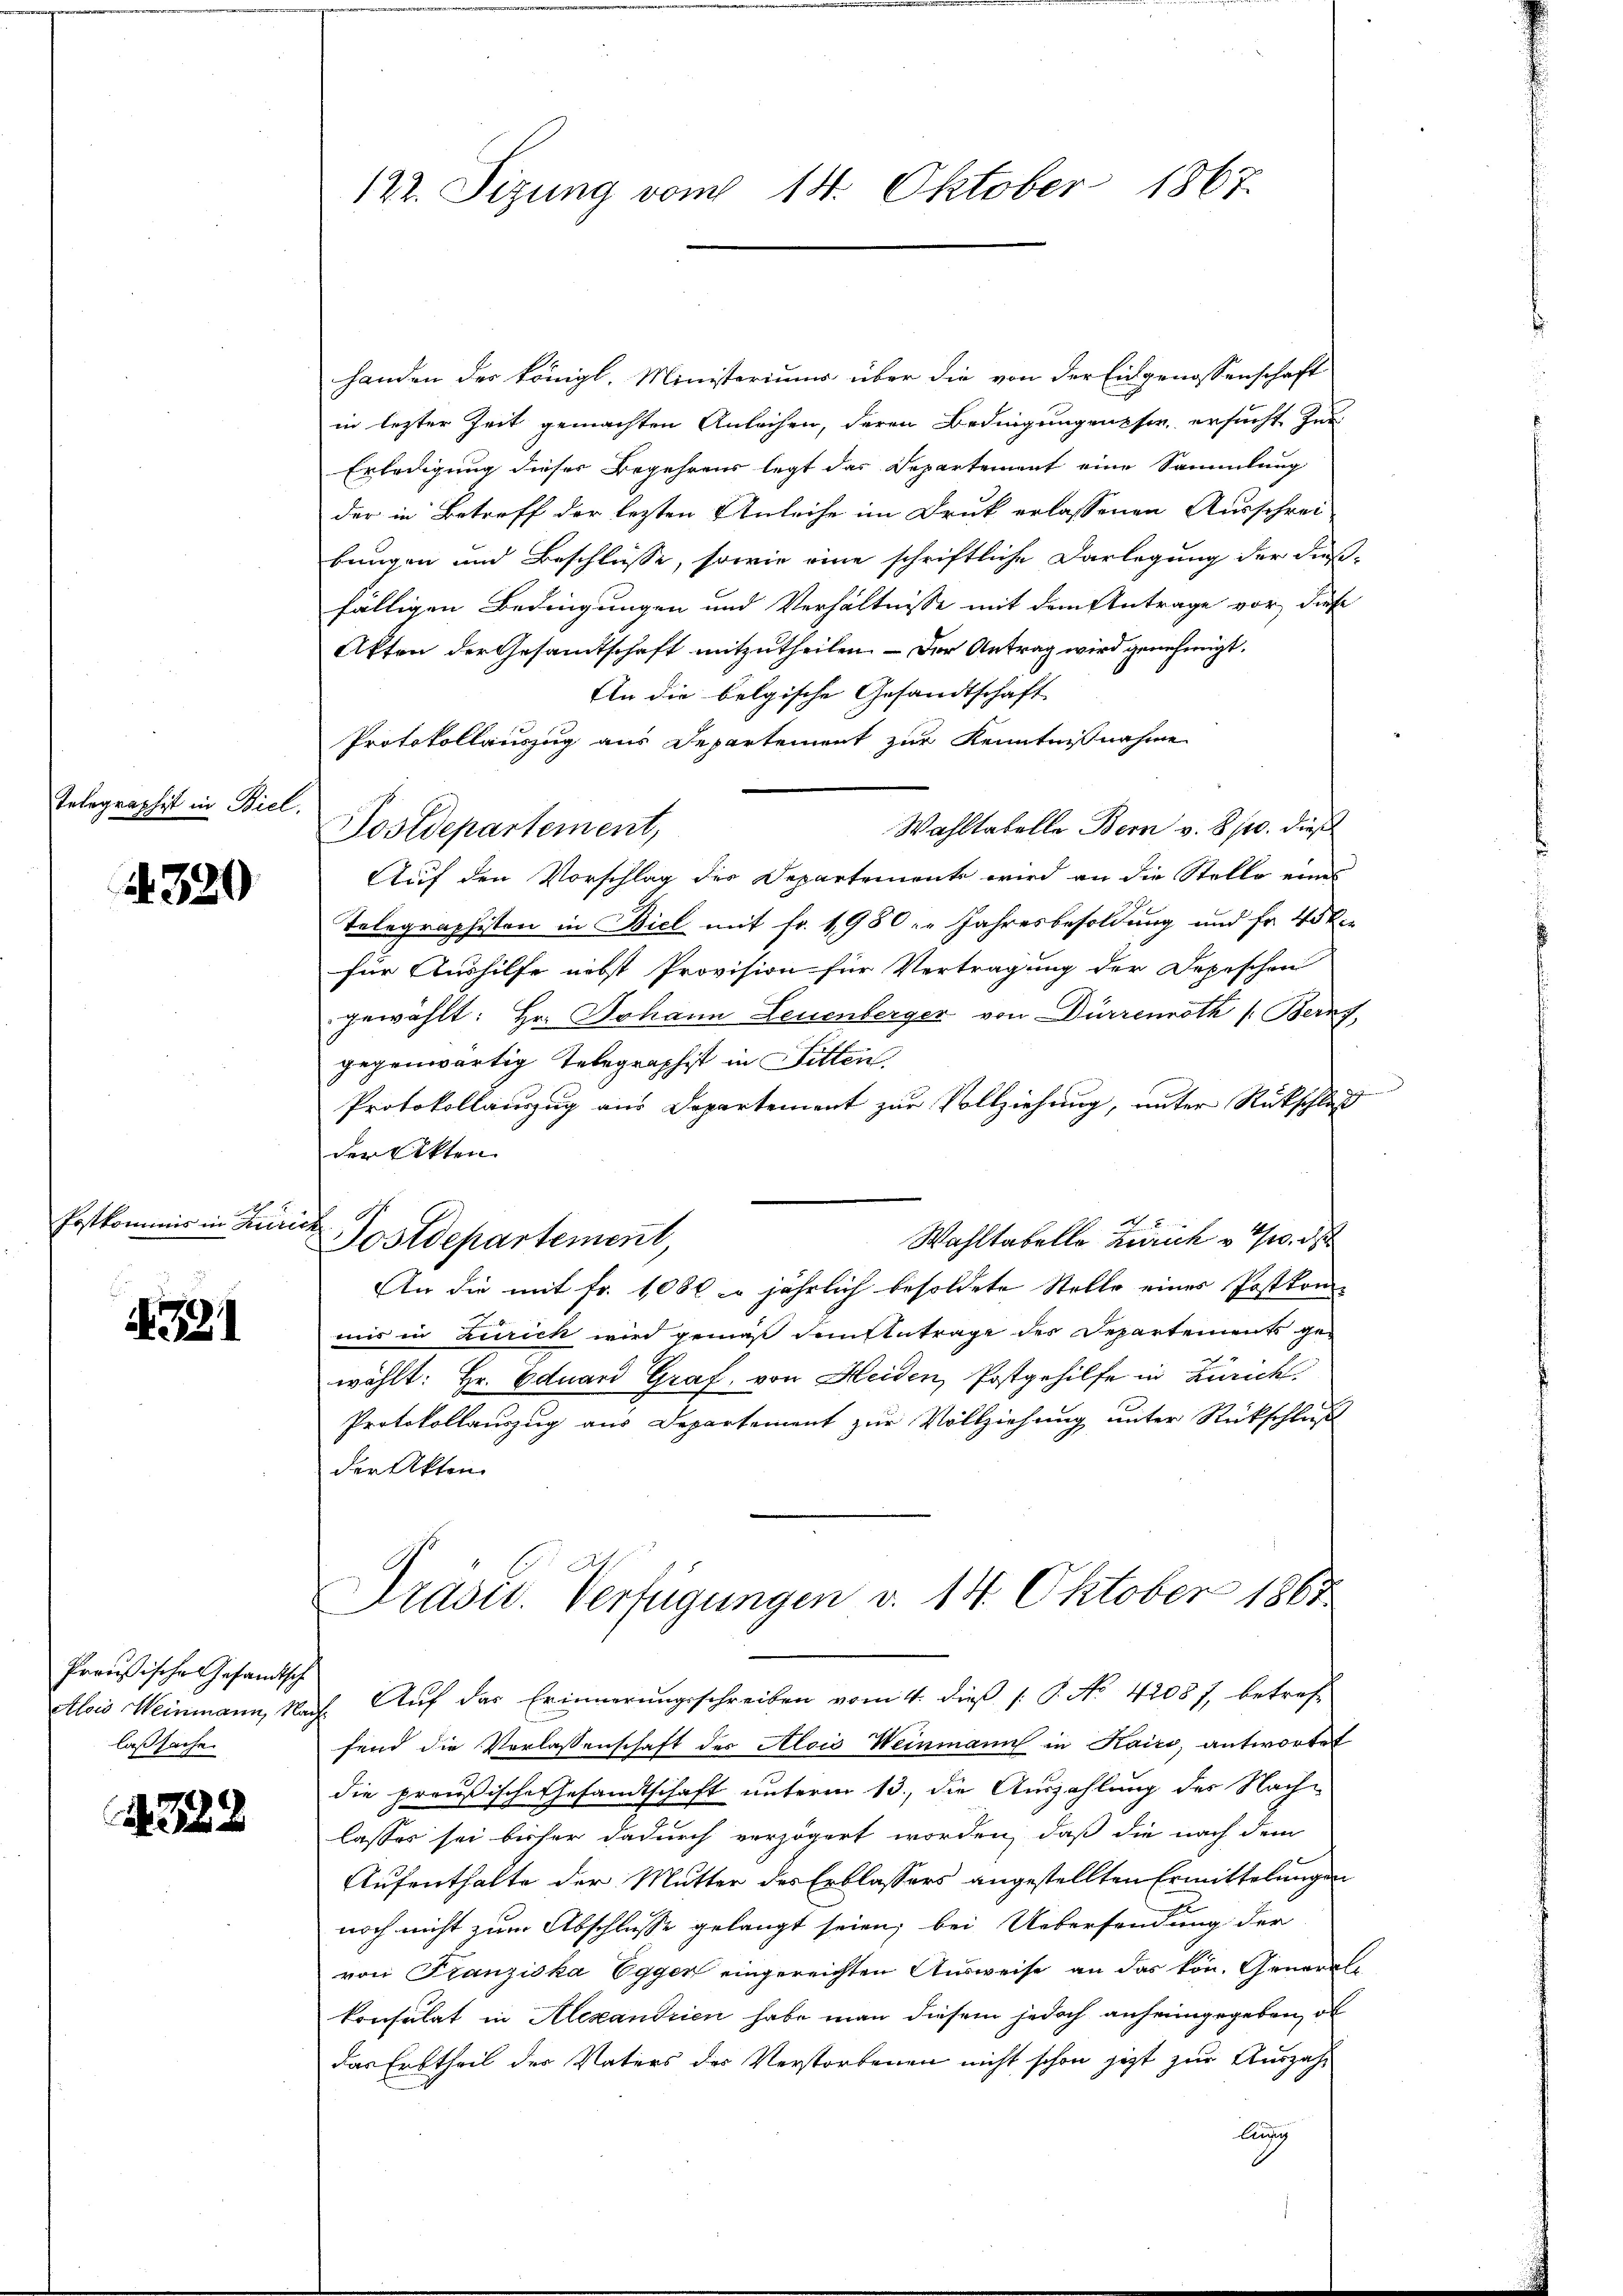
Telegraphist in Biel.

320

Postkommnis in Kun

321

Preußische Gesandtsch
laßsache.

A 328

handen der königl. Ministeriums über die von der Eidgenossenschaft
in lezter Zeit gemachten Anleihen, deren Bedingungen sie ersucht zur
Erledigung dieses Begehrens legt das Departement eine Sammlung
der in Betreff der lezten Anleihe im Druk erlassenen Ausschrei-
bungen und Beschlüsse, sowie eine schriftliche Darlegung der Fieß-
fälligen Bedingungen und Verhältnisse mit dem Antrage vor, diese
Akten der Gesamtschaft mitzutheilen. — Der Antrag wird genehmigt.
An die belgische Gesandtschaft
Protokollauszug aus Departement zur Kenntnißnahme
Wahltabelle Bern v. 8. 10. dies
Postdepartement,
Auf den Vorschlag des Departemente wird an die Stelle eines
Telegraphisten in Biel mit fr. 1980 " " Jahresbesoldung und Fr. 40kr.
für Aushilfe nebst Provision für Vertragung der Depeschen
gewählt: Hr. Johann Leuenberger von Dürrenroth /: Berns
gegenwärtig Telegraphist in Sitten.
Protokollauszug aus Departement zur Vollziehung, unter Rückschle
der Akten.
t
Wahltabelle Zürich u. d
Postdepartement,
An die mit Fr. 1080 l. jährlich besoldete Stelle einer Postkon-
mis in Zürich wird gemäß dem Antrage der Departements gewählt: Hr. Eduard Graf, von Heiden, Postgehilfe in Zürich.
Protokollauszug aus Departement zur Vollziehung unter Rückschluß
der Akten
Präsid. Verfügungen v. 14. Oktober 1867
Alois Weinmann, Nach Auf das Erinnerungsschreiben vom 4. dieß P. No 42087, betref-
fend die Verlassenschaft des Alois Weinmann in Kaici, antwortet
die preußische Gesandtschaft unterm 13., die Auszahlung des Nachlasses sei bisher dadurch verzögert worden, daß die nach dem
Aufenthalte der Mutter des Erblassers angestellten Ermittelungen
noch nicht zum Abschlusse gelangt seien; bei Uebersendung der
von Franziska Egger eingereichten Ausweise an das kön. General-
konsulat in Alexandrien habe man diesem jedoch anheimgegeben, ob
das Erbtheil der Vaters der Verstorbenen nicht schon jetzt zur Auszahlugg

122. Sizung vom 14. Oktober 1867